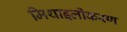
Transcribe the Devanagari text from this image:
मिथाइलीकरण